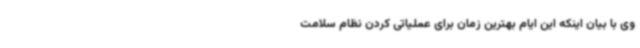
وی با بیان اینکه این ایام بهترین زمان برای عملیاتی کردن نظام سلامت